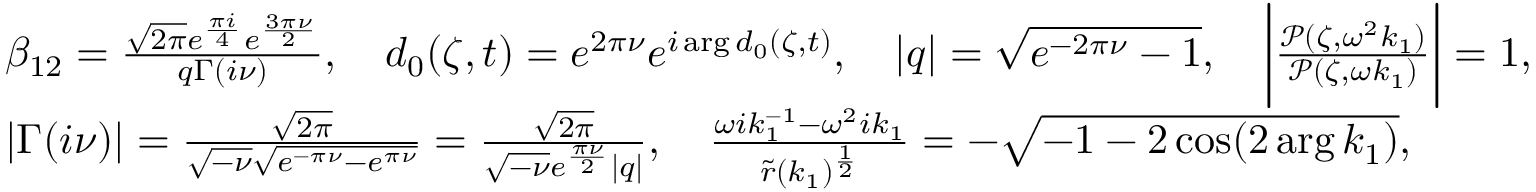
\begin{array} { r l } & { \beta _ { 1 2 } = \frac { \sqrt { 2 \pi } e ^ { \frac { \pi i } { 4 } } e ^ { \frac { 3 \pi \nu } { 2 } } } { q \Gamma ( i \nu ) } , \quad d _ { 0 } ( \zeta , t ) = e ^ { 2 \pi \nu } e ^ { i \arg d _ { 0 } ( \zeta , t ) } , \quad | q | = \sqrt { e ^ { - 2 \pi \nu } - 1 } , \quad \bigg | \frac { \mathcal { P } ( \zeta , \omega ^ { 2 } k _ { 1 } ) } { \mathcal { P } ( \zeta , \omega k _ { 1 } ) } \bigg | = 1 , } \\ & { | \Gamma ( i \nu ) | = \frac { \sqrt { 2 \pi } } { \sqrt { - \nu } \sqrt { e ^ { - \pi \nu } - e ^ { \pi \nu } } } = \frac { \sqrt { 2 \pi } } { \sqrt { - \nu } e ^ { \frac { \pi \nu } { 2 } } | q | } , \quad \frac { \omega i k _ { 1 } ^ { - 1 } - \omega ^ { 2 } i k _ { 1 } } { \tilde { r } ( k _ { 1 } ) ^ { \frac { 1 } { 2 } } } = - \sqrt { - 1 - 2 \cos ( 2 \arg k _ { 1 } ) } , } \end{array}